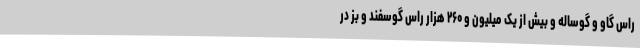
راس گاو و گوساله و بیش از یک میلیون و ۲۶۰ هزار راس گوسفند و بز در